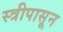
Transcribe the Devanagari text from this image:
स्त्रीपासून